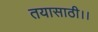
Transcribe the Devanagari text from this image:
तयासाठी।।